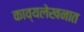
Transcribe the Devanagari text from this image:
काव्यलेखनात